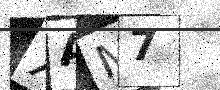
Text: XAM7